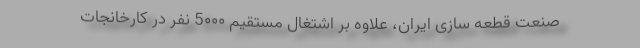
صنعت قطعه سازی ایران، علاوه بر اشتغال مستقیم 5۰۰۰ نفر در کارخانجات